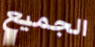
الجميع